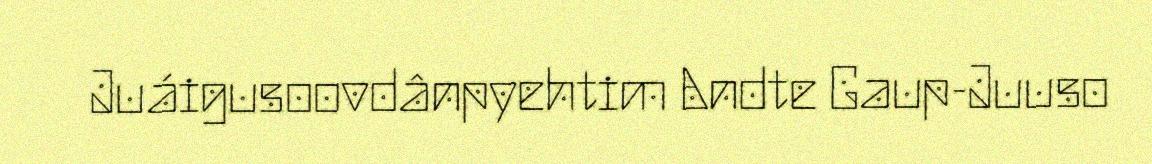
Juáigusoovdânpyehtim Andte Gaup-Juuso